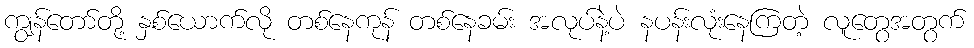
ကျွန်တော်တို့ နှစ်ယောက်လို တစ်နေကုန် တစ်နေခမ်း အလုပ်နဲ့ပဲ နပန်းလုံးနေကြတဲ့ လူတွေအတွက်